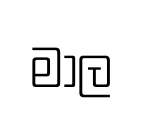
මා්ල